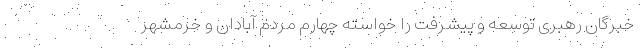
خبرگان رهبری توسعه و پیشرفت را خواسته چهارم مردم آبادان و خرمشهر